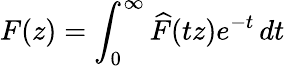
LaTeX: F(z)=\int_{0}^{\infty}{\widehat{F}}(tz)e^{-t}\, dt